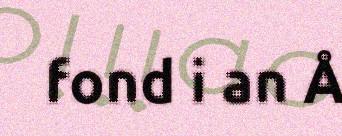
fond i an Å